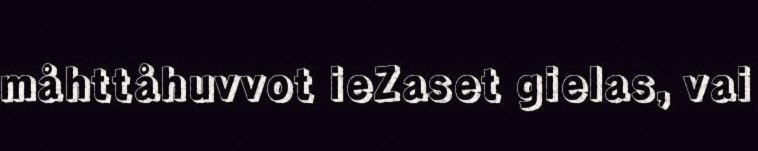
måhttåhuvvot ieZaset gielas, vai